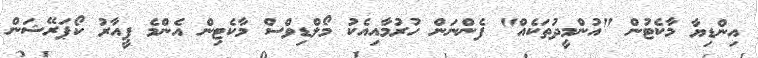
އިންޑިޔާ މާކެޓުން "އުންމީދުތަކެއް" ފެންނަން ހުރުމާއިއެކު މޯލްޑިވްސް މާކެޓިން އެންމެ ޕީއާރު ކޯޕަރޭޝަން